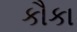
કૌકા